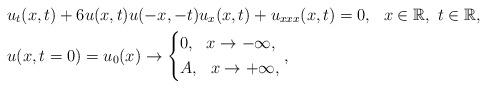
LaTeX: \begin{align*} &u_{t}(x,t)+6u(x,t)u(-x,-t)u_{x}(x,t)+u_{xxx}(x,t)=0, \ \ x\in\mathbb{R}, \ t\in\mathbb{R}, \\ &u(x,t=0)=u_{0}(x) \rightarrow\left\{ \begin{aligned} &0, \ \ x\rightarrow-\infty,\\ &A, \ \ x\rightarrow +\infty, \end{aligned} \right., \end{align*}